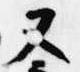
又